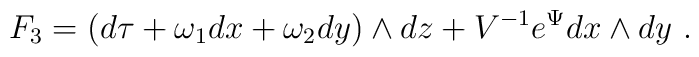
F_{3} = (d \tau + {\omega}_{1} dx + {\omega}_{2} dy) \wedge dz +V^{-1} e^{\Psi} dx \wedge dy ~ .